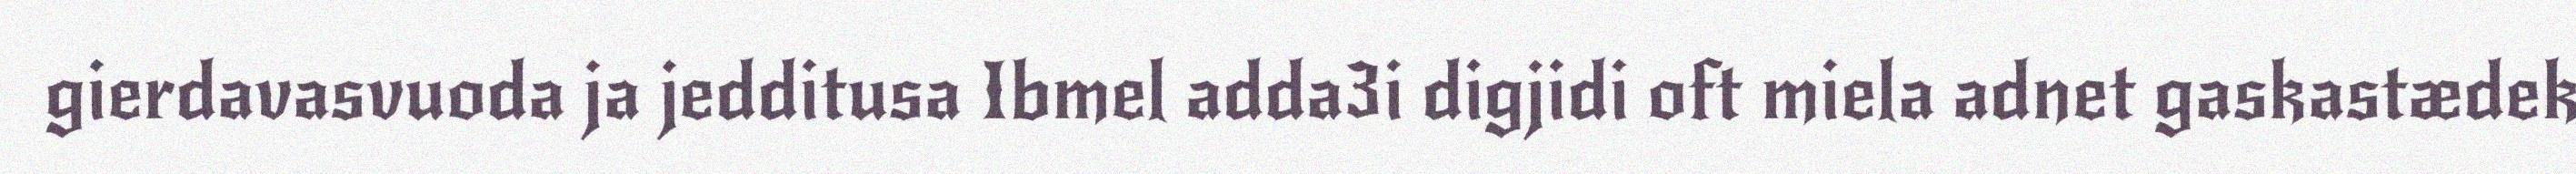
gierdavasvuoda ja jedditusa Ibmel adda3i digjidi oft miela adnet gaskastædek